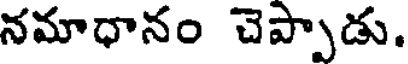
నమాధానం చెప్పాడు.